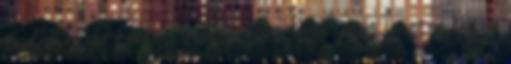
tudás akkor biztos tobb jo minoségu polót lehetne kapni.